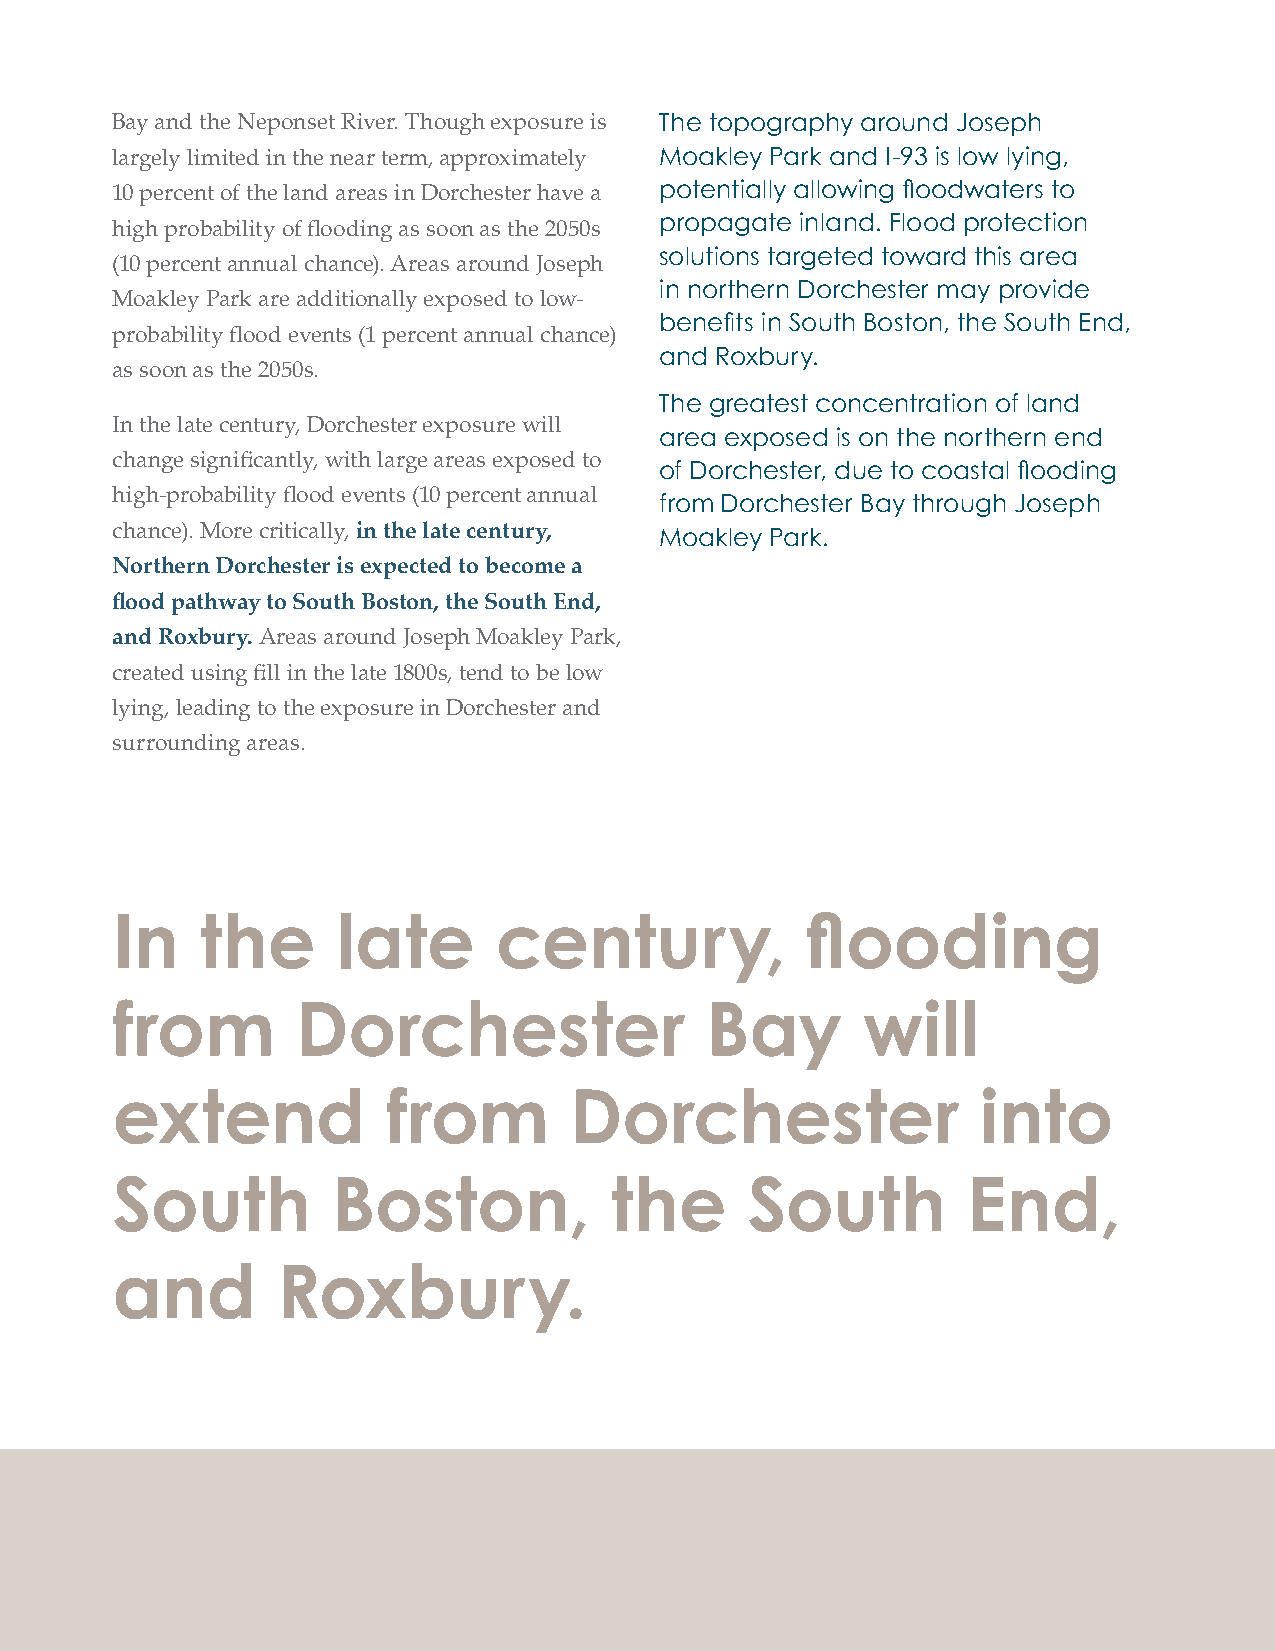
Bay and the Neponset River. Though exposure is The topography around Joseph
 largely limited in the near term, approximately Moakley Park and I-93 is low lying,
 10 percent of the land areas in Dorchester have a potentially allowing fl oodwaters to
 high probability of fl ooding as soon as the 2050s propagate inland. Flood protection
 solutions targeted toward this area
 (10 percent annual chance). Areas around Joseph
 in northern Dorchester may provide
 Moakley Park are additionally exposed to low-
 benefi ts in South Boston, the South End,
 probability fl ood events (1 percent annual chance)
 and Roxbury.
 as soon as the 2050s.
 The greatest concentration of land
 In the late century, Dorchester exposure will
 area exposed is on the northern end
 change signifi cantly, with large areas exposed to
 of Dorchester, due to coastal fl ooding
 high-probability fl ood events (10 percent annual
 from Dorchester Bay through Joseph
 chance). More critically, in the late century,
 Moakley Park.
 Northern Dorchester is expected to become a
 fl ood pathway to South Boston, the South End,
 and Roxbury. Areas around Joseph Moakley Park,
 created using fi ll in the late 1800s, tend to be low
 lying, leading to the exposure in Dorchester and
 surrounding areas.
 In    the      late       century,            fl ooding
 from         Dorchester                 Bay       will
 extend             from        Dorchester                 into
 South          Boston,           the      South          End,
 and        Roxbury.
 198 City of Boston: Climate Ready Boston